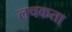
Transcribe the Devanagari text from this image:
लचकता